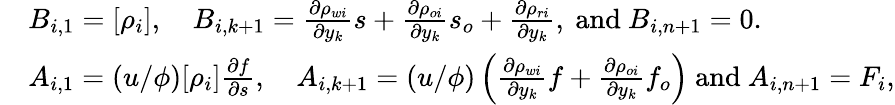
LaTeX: \begin{array}{rl}&{B_{i,1}=[\rho_{i}],\quad B_{i,k+1}=\frac{\partial\rho_{wi}}{\partial y_{k}}s+\frac{\partial\rho_{oi}}{\partial y_{k}}s_{o}+\frac{\partial\rho_{ri}}{\partial y_{k}},\mathrm{~and~}B_{i,n+1}=0.}\\ &{A_{i,1}=(u/\phi)[\rho_{i}]\frac{\partial f}{\partial s},\quad A_{i,k+1}=(u/\phi)\left(\frac{\partial\rho_{wi}}{\partial y_{k}}f+\frac{\partial\rho_{oi}}{\partial y_{k}}f_{o}\right)\mathrm{~and~}A_{i,n+1}=F_{i},}\end{array}